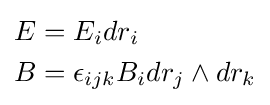
{\begin{aligned}E&=E_{i}dr_{i}\\B&=\epsilon _{ijk}B_{i}dr_{j}\wedge dr_{k}\end{aligned}}